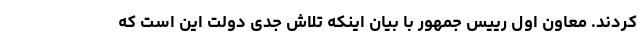
کردند. معاون اول رییس جمهور با بیان اینکه تلاش جدی دولت این است که